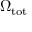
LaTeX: \Omega _ { \mathrm { { t o t } } }